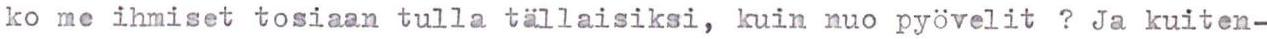
ko me ihmiset tosiaan tulla tällaisiksi, kuin nuo pyövelit ? Ja kuiten-